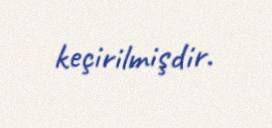
keçirilmişdir.